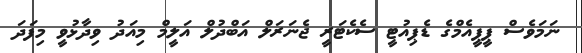
ނަމަވެސް ޕީޕީއެމްގެ ޑެޕިއުޓީ ސެކެޓަރީ ޖެނަރަލް އަބްދުލް އަލީމް މިއަދު ވިދާޅުވީ މިފަދަ